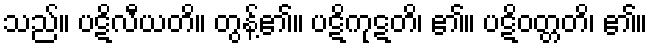
သည်။ ပဋိလီယတိ။ တွန့်၏။ ပဋိကုဋတိ၊ ၏။ ပဋိဝတ္တတိ၊ ၏။